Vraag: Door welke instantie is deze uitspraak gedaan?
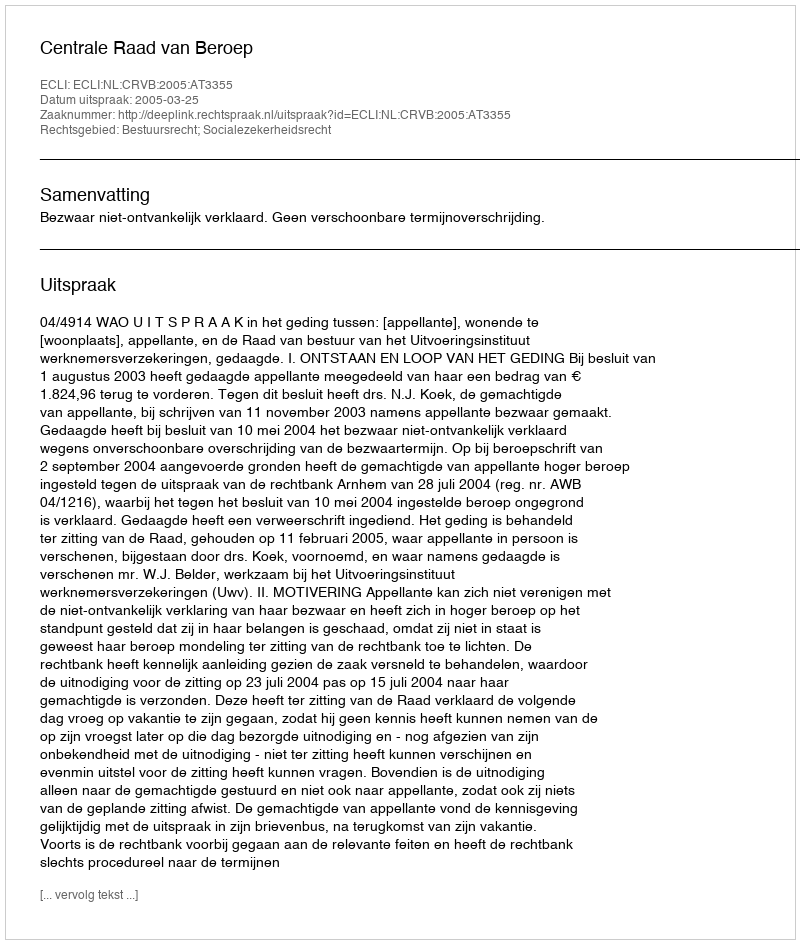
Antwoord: Centrale Raad van Beroep